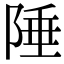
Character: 陲